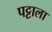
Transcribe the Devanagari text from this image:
पट्टाला